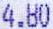
4.80